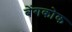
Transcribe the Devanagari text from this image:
बेंगकोक